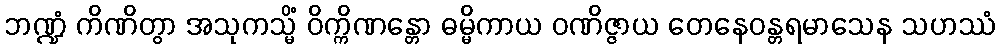
ဘဏ္ဍံ ကိဏိတွာ အသုကသ္မိံ ဝိက္ကိဏန္တော ဓမ္မိကာယ ဝဏိဇ္ဇာယ တေနေဝန္တရမာသေန သဟဿံ